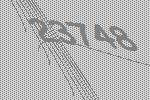
23748